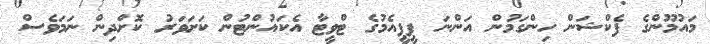
މައުމޫންގެ ފެކްޝަން ހިންގަމުން އަންނަ ޕީޕީއެމުގެ ޓްވީޓާ އެކައުންޓުން ކަށަވަރު ކޮށްދިން ނަމަވެސް